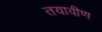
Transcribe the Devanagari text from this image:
तयावीण